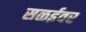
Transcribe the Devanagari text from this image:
सळईवर